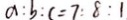
a : b : c = 7 : 8 : 1